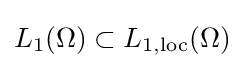
L_{1}(\Omega )\subset L_{1,{\text{loc}}}(\Omega )